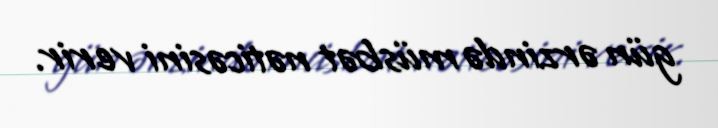
gün ərzində müsbət nəticəsini verir.